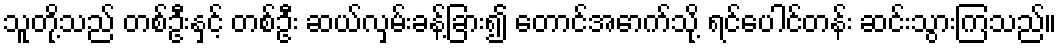
သူတို့သည် တစ်ဦးနှင့် တစ်ဦး ဆယ်လှမ်းခန့်ခြား၍ တောင်အောက်သို့ ရင်ပေါင်တန်း ဆင်းသွားကြသည်။